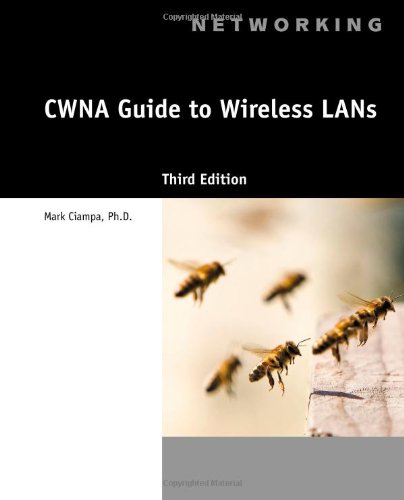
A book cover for CWNA Guide to Wireless LANs; Mark Ciampa; Computers & Technology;